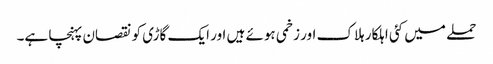
حملے میں کئی اہلکار ہلاک اور زخمی ہوئے ہیں اور ایک گاڑی کو نقصان پہنچا ہے۔